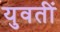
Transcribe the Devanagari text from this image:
युवतीं